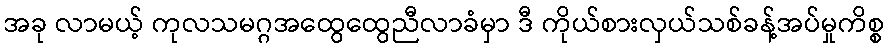
အခု လာမယ့် ကုလသမဂ္ဂအထွေထွေညီလာခံမှာ ဒီ ကိုယ်စားလှယ်သစ်ခန့်အပ်မှုကိစ္စ